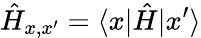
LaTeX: {\hat{H}}_{x,x^{\prime}}=\langle x|\hat{H}|x^{\prime}\rangle